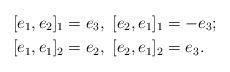
LaTeX: \begin{align*}&[e_1,e_2]_1=e_3,~[e_2,e_1]_1=-e_3;\\& [e_1,e_1]_2=e_2,~[e_2,e_1]_2=e_3.\end{align*}